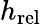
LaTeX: h_{\mathrm{rel}}